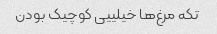
تکه مرغ‌ها خیلییی کوچیک بودن